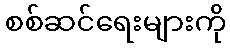
စစ်ဆင်ရေးများကို